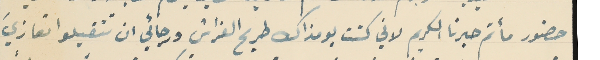
حضور مأتم حبرنا الكريم لاني كنت يومذاك طريح الفراش ورجائي ان تتقبلوا تعازيَ